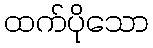
ထက်ပိုသော